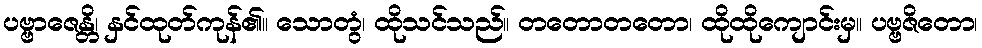
ပဗ္ဗာဇေန္တိ၊ နှင်ထုတ်ကုန်၏။ သောတွံ၊ ထိုသင်သည်။ တတောတတော၊ ထိုထိုကျောင်းမှ။ ပဗ္ဗဇိတော၊